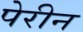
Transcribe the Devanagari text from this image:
पेरीन